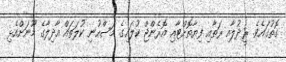
ގޮތުގައެވެ. ރީދުލާއި ރަތާއި ފިޔާތޮށްޓާއި އޮރެންޖް ކުލައިގެ މަސްހުނި ކުލަތައް އާދިލާގެ މޫނަށްއެޅި